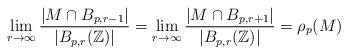
LaTeX: \begin{align*}\lim_{r \to \infty} \frac{|M \cap B_{p,r-1}|}{|B_{p,r}(\mathbb{Z})|} =\lim_{r \to \infty} \frac{|M \cap B_{p,r+1}|}{|B_{p,r}(\mathbb{Z})|} =\rho_p(M)\end{align*}